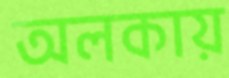
অলকায়